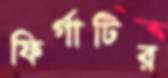
ফির্গাটির